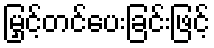
မြှင့်တင်ပေးခြင်းဖြင့်